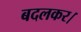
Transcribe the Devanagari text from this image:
बदलकर।